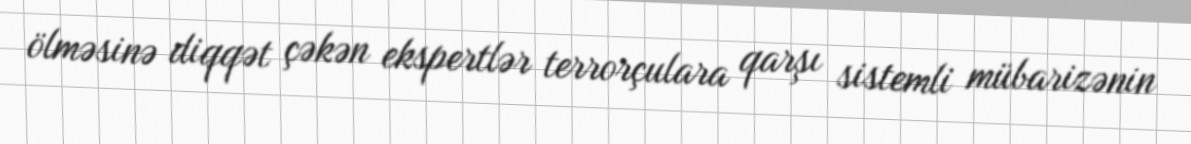
ölməsinə diqqət çəkən ekspertlər terrorçulara qarşı sistemli mübarizənin